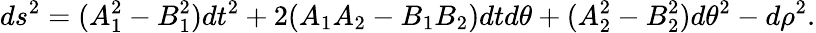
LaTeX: ds^{2}=(A_{1}^{2}-B_{1}^{2})dt^{2}+2(A_{1}A_{2}-B_{1}B_{2})dtd\theta+(A_{2}^{2}-B_{2}^{2})d\theta^{2}-d\rho^{2}.